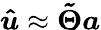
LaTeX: \boldsymbol{\hat{u}}\approx\boldsymbol{\tilde{\Theta}}\boldsymbol{a}